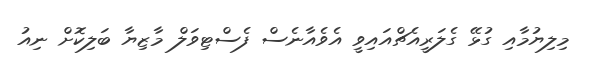
މިލިޔުމާއި ގުޅޭ ގެލަރީއެޗްއައިވީ އެވެއާނެސް ފެސްޓިވަލް މާޒިޔާ ބަލިކޮށް ނިއު